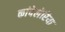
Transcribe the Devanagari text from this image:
कांदेलेरिया